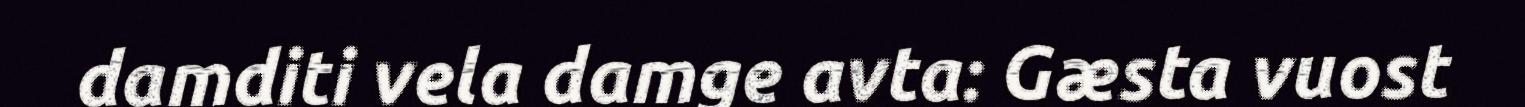
damditi vela damge avta: Gæsta vuost